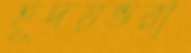
হূদয়ভরা